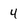
Character: 4